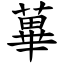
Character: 蓽